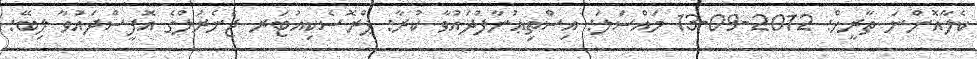
ކެލާއޮންނަ ތާރީޚް: 2012-09-13 މައްސަލަ: އިސްތިޢުނާފުދައުވާ ކުރާ: ޕްރޮސެކިއުޓަރ ޖެނެރަލްގެ އޮފީސްދައުވާ ލިބޭ: